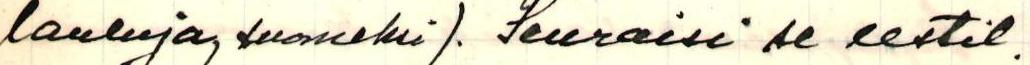
lauluja, suomeksi). Seuraisi se eestil.